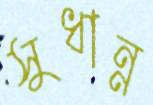
সুধান্ন